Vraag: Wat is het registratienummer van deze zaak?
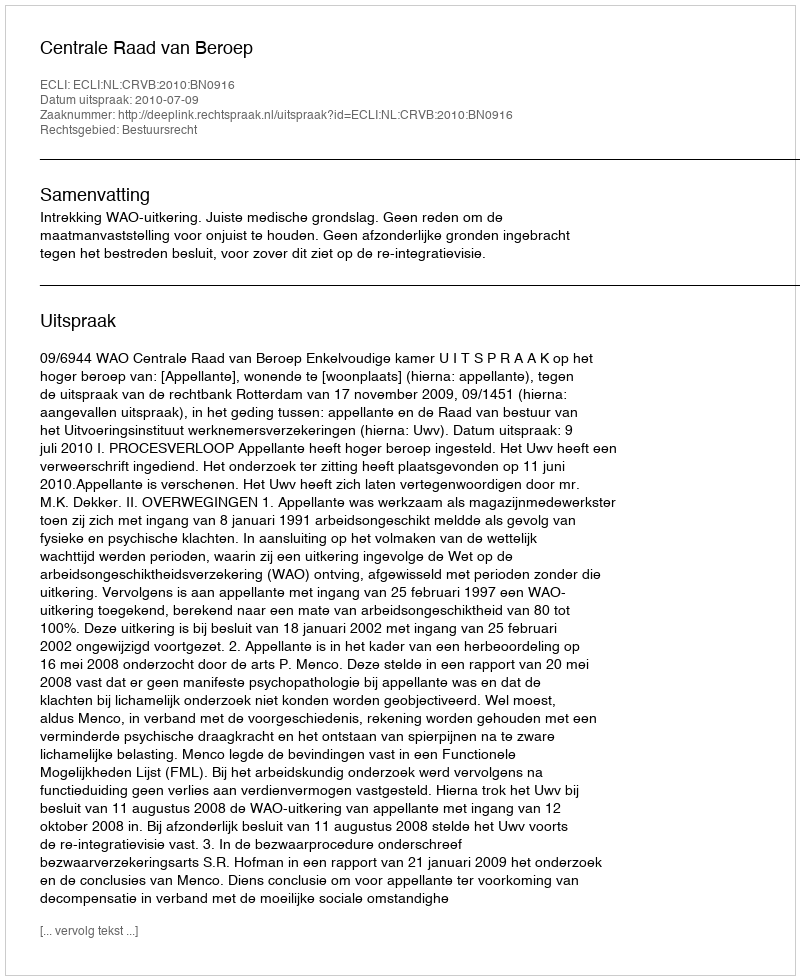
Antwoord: http://deeplink.rechtspraak.nl/uitspraak?id=ECLI:NL:CRVB:2010:BN0916